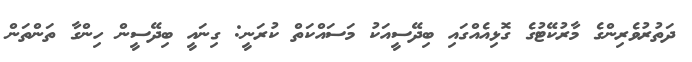
ދަތުރުވެރިންގެ މާރުކޭޓުގެ ގޮޅިއެއްގައި ބިދޭސީއަކު މަސައްކަތް ކުރަނީ: ގިނައީ ބިދޭސީން ހިންގާ ތަންތަން